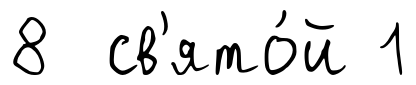
8 св'ято́й 1